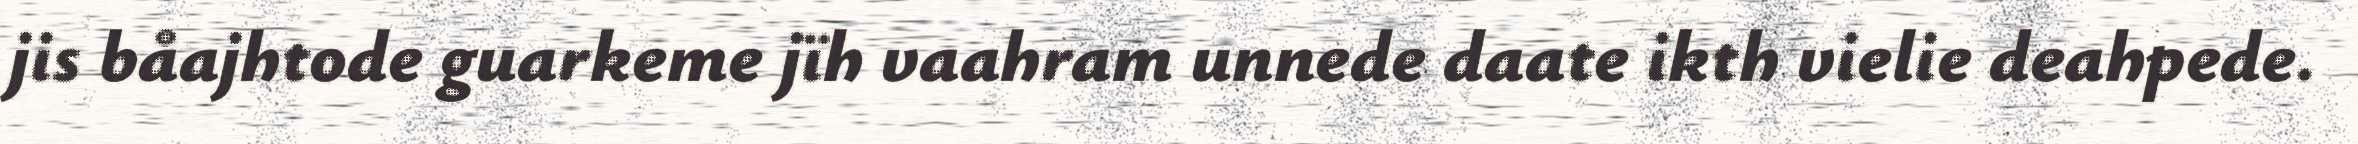
jis båajhtode guarkeme jïh vaahram unnede daate ikth vielie deahpede.